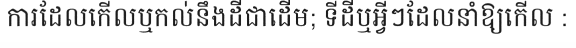
ការដែលកើលឬកល់នឹងដីជាដើម; ទីដីឬអ្វីៗដែលនាំឱ្យកើល :